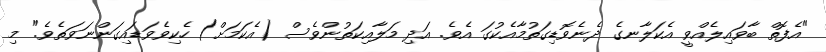
"އެފޮތް ބާވައިލެއްވީ އެކަލާނގެ ދެނެވޮޑިގަތުމާއެކުގަ އެވެ. އަދި މަލާއިކަތުންވެސް (އެކަމަށް) ހެކިވެވަޑައިގަންނަވަތެވެ." މި